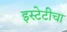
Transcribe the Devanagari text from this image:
इस्टेटीचा